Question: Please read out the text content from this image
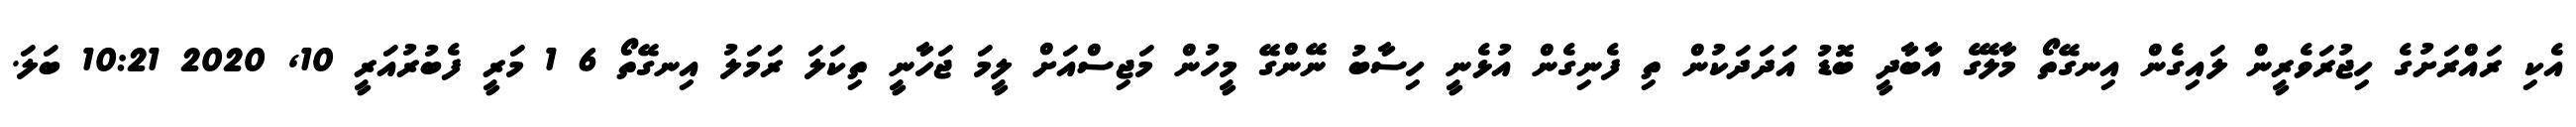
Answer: އެކި ރައްރަށުގެ ހިޖުރަވެރީން ލައިގެން އިނގޭތޯ މާލޭގެ އާބާދީ ބޮޑު އަދަދަކުން ތި ފެނިގެން އުޅެނީ ހިސާބު ނޭންގޭ މީހުން މަޖިސްއަށް ލީމަ ޖަހާނީ ތިކަލަ ރަމަލު އިނގޭތޯ 6 1 މަރީ ފެބުރުއަރީ 10, 2020 10:21 ބަލަ.